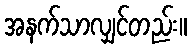
အနက်သာလျှင်တည်း။